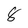
Character: 8